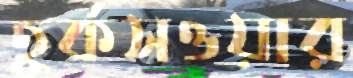
তুর্কসওয়ার